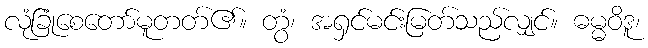
လုံခြုံစေတော်မူတတ်၏။ တွံ၊ အရှင်မင်းမြတ်သည်လျှင်။ ဓမ္မဝိဒူ၊